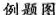
例题图